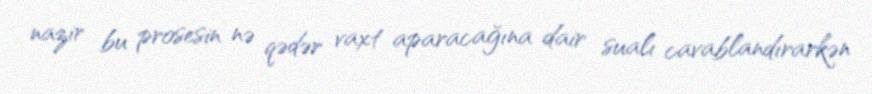
nazir bu prosesin nə qədər vaxt aparacağına dair sualı cavablandırarkən